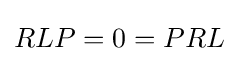
RLP=0=PRL